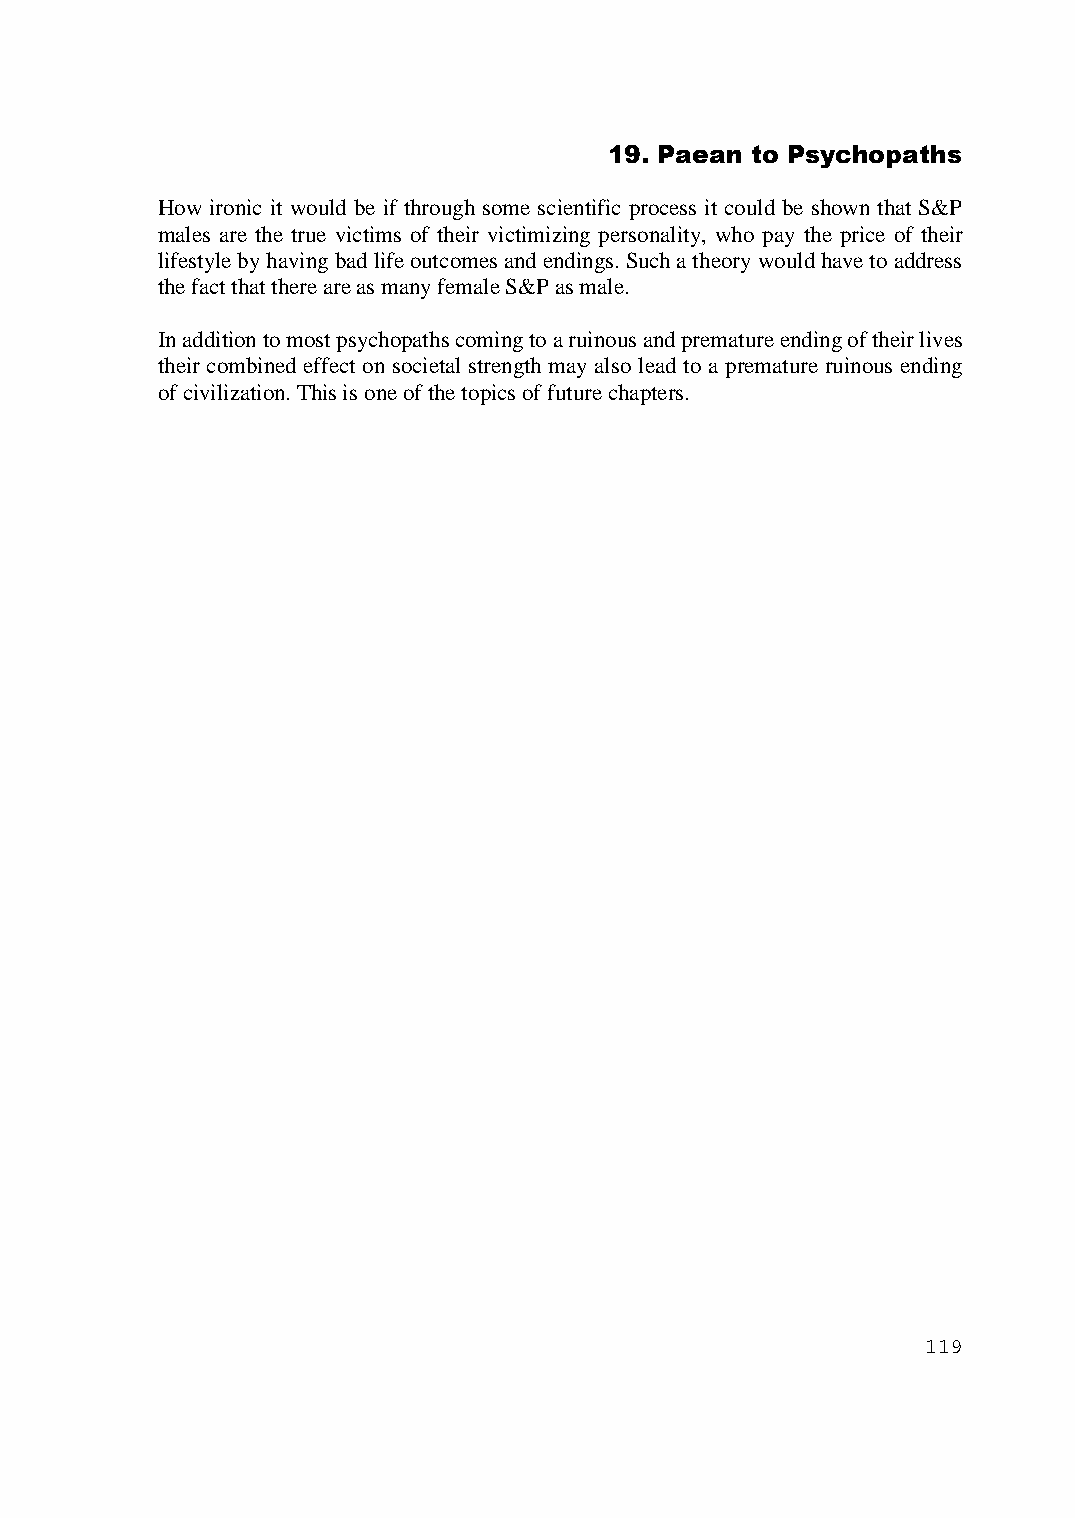
19. Paean to Psychopaths
 How ironic it would be if through some scientific process it could be shown that S&P
 males are the true victims of their victimizing personality, who pay the price of their
 lifestyle by having bad life outcomes and endings. Such a theory would have to address
 the fact that there are as many female S&P as male.
 In addition to most psychopaths coming to a ruinous and premature ending of their lives
 their combined effect on societal strength may also lead to a premature ruinous ending
 of civilization. This is one of the topics of future chapters.
 119